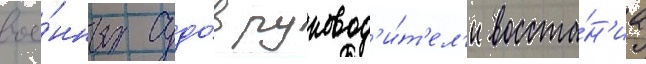
вое́нных судо́в руковод'и́т'ел'и восста́н'иа